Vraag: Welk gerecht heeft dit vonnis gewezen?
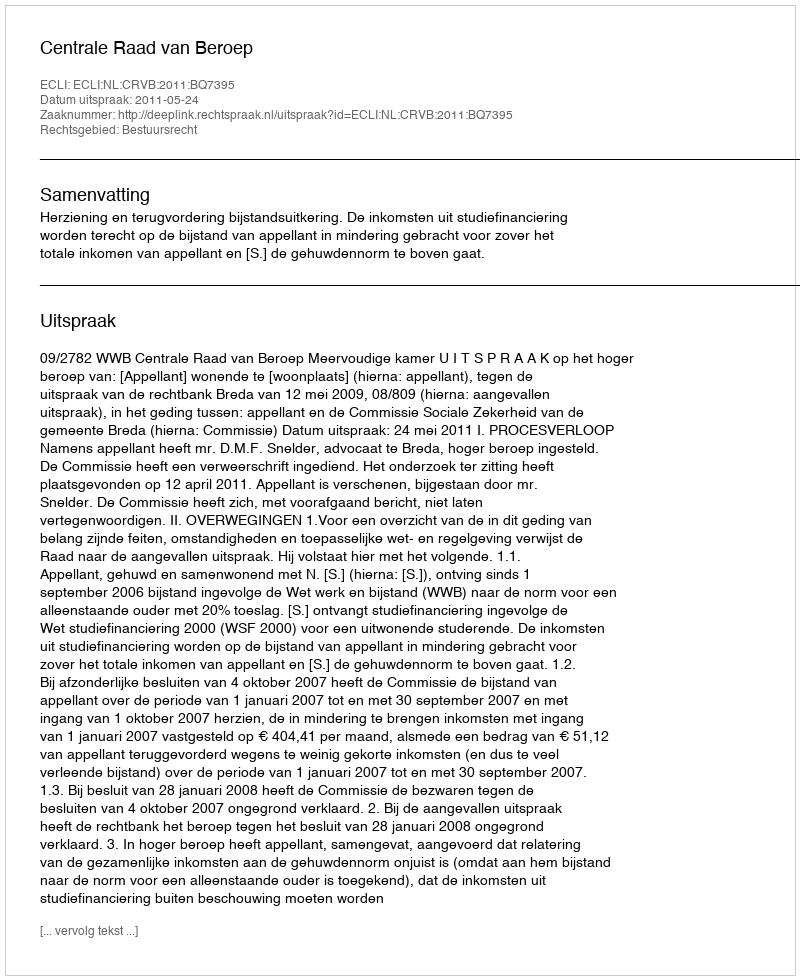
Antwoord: Centrale Raad van Beroep